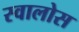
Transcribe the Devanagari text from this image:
स्वालोस